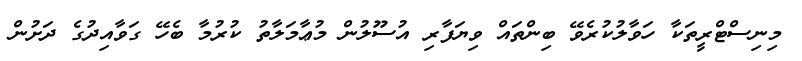
މިނިސްޓްރީތަކާ ހަވާލުކުރެވޭ ބިންތައް ވިޔަފާރި އުސޫލުން މުޢާމަލާތު ކުރުމާ ބެހޭ ގަވާއިދުގެ ދަށުން